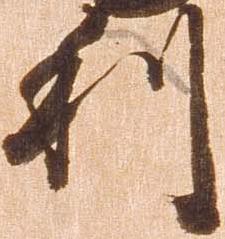
利